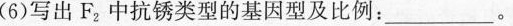
(6)写出F_{2}中抗锈类型的基因型及比例：___。